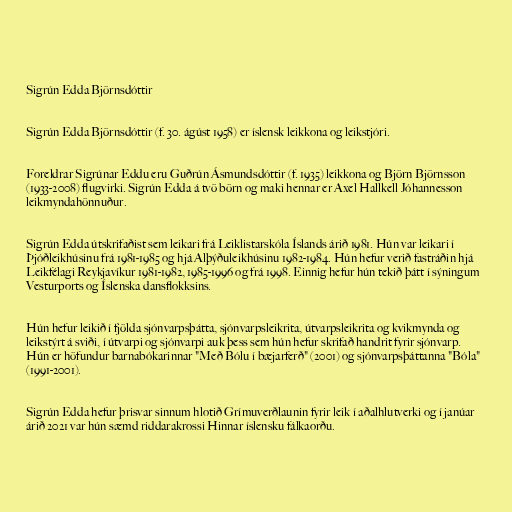
Sigrún Edda Björnsdóttir

Sigrún Edda Björnsdóttir (f. 30. ágúst 1958) er íslensk leikkona og leikstjóri.

Foreldrar Sigrúnar Eddu eru Guðrún Ásmundsdóttir (f. 1935) leikkona og Björn Björnsson
(1933-2008) flugvirki. Sigrún Edda á tvö börn og maki hennar er Axel Hallkell Jóhannesson
leikmyndahönnuður.

Sigrún Edda útskrifaðist sem leikari frá Leiklistarskóla Íslands árið 1981. Hún var leikari í
Þjóðleikhúsinu frá 1981-1985 og hjá Alþýðuleikhúsinu 1982-1984. Hún hefur verið fastráðin hjá
Leikfélagi Reykjavíkur 1981-1982, 1985-1996 og frá 1998. Einnig hefur hún tekið þátt í sýningum
Vesturports og Íslenska dansflokksins.

Hún hefur leikið í fjölda sjónvarpsþátta, sjónvarpsleikrita, útvarpsleikrita og kvikmynda og
leikstýrt á sviði, í útvarpi og sjónvarpi auk þess sem hún hefur skrifað handrit fyrir sjónvarp.
Hún er höfundur barnabókarinnar "Með Bólu í bæjarferð" (2001) og sjónvarpsþáttanna "Bóla"
(1991-2001).

Sigrún Edda hefur þrisvar sinnum hlotið Grímuverðlaunin fyrir leik í aðalhlutverki og í janúar
árið 2021 var hún sæmd riddarakrossi Hinnar íslensku fálkaorðu.